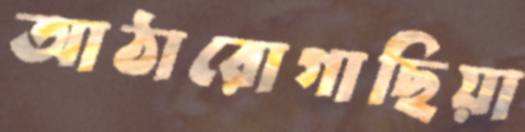
আঠারোগাছিয়া